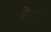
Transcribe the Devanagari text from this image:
मेलुर